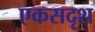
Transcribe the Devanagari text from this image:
एकसदृश